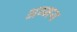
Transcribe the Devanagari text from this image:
अग्नय